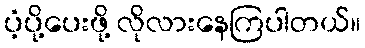
ပံ့ပို့ပေးဖို့ လိုလားနေကြပါတယ်။